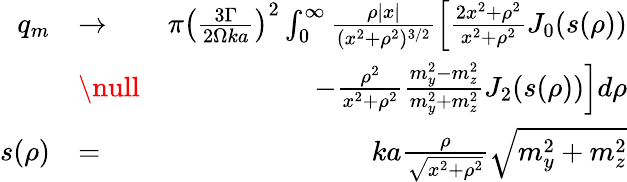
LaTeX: \begin{array}{rlr}{q_{m}}&{\to}&{\pi\left(\frac{3\Gamma}{2\Omega ka}\right)^{2}\int_{0}^{\infty}\frac{\rho|x|}{(x^{2}+\rho^{2})^{3/2}}\left[\frac{2x^{2}+\rho^{2}}{x^{2}+\rho^{2}}J_{0}(s(\rho))\right.}\\ &{\null}&{\left.-\frac{\rho^{2}}{x^{2}+\rho^{2}}\frac{m_{y}^{2}-m_{z}^{2}}{m_{y}^{2}+m_{z}^{2}}J_{2}(s(\rho))\right]d\rho}\\ {s(\rho)}&{=}&{ka\frac{\rho}{\sqrt{x^{2}+\rho^{2}}}\sqrt{m_{y}^{2}+m_{z}^{2}}}\end{array}